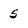
Character: 5